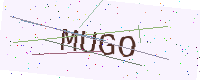
Text: MUGO